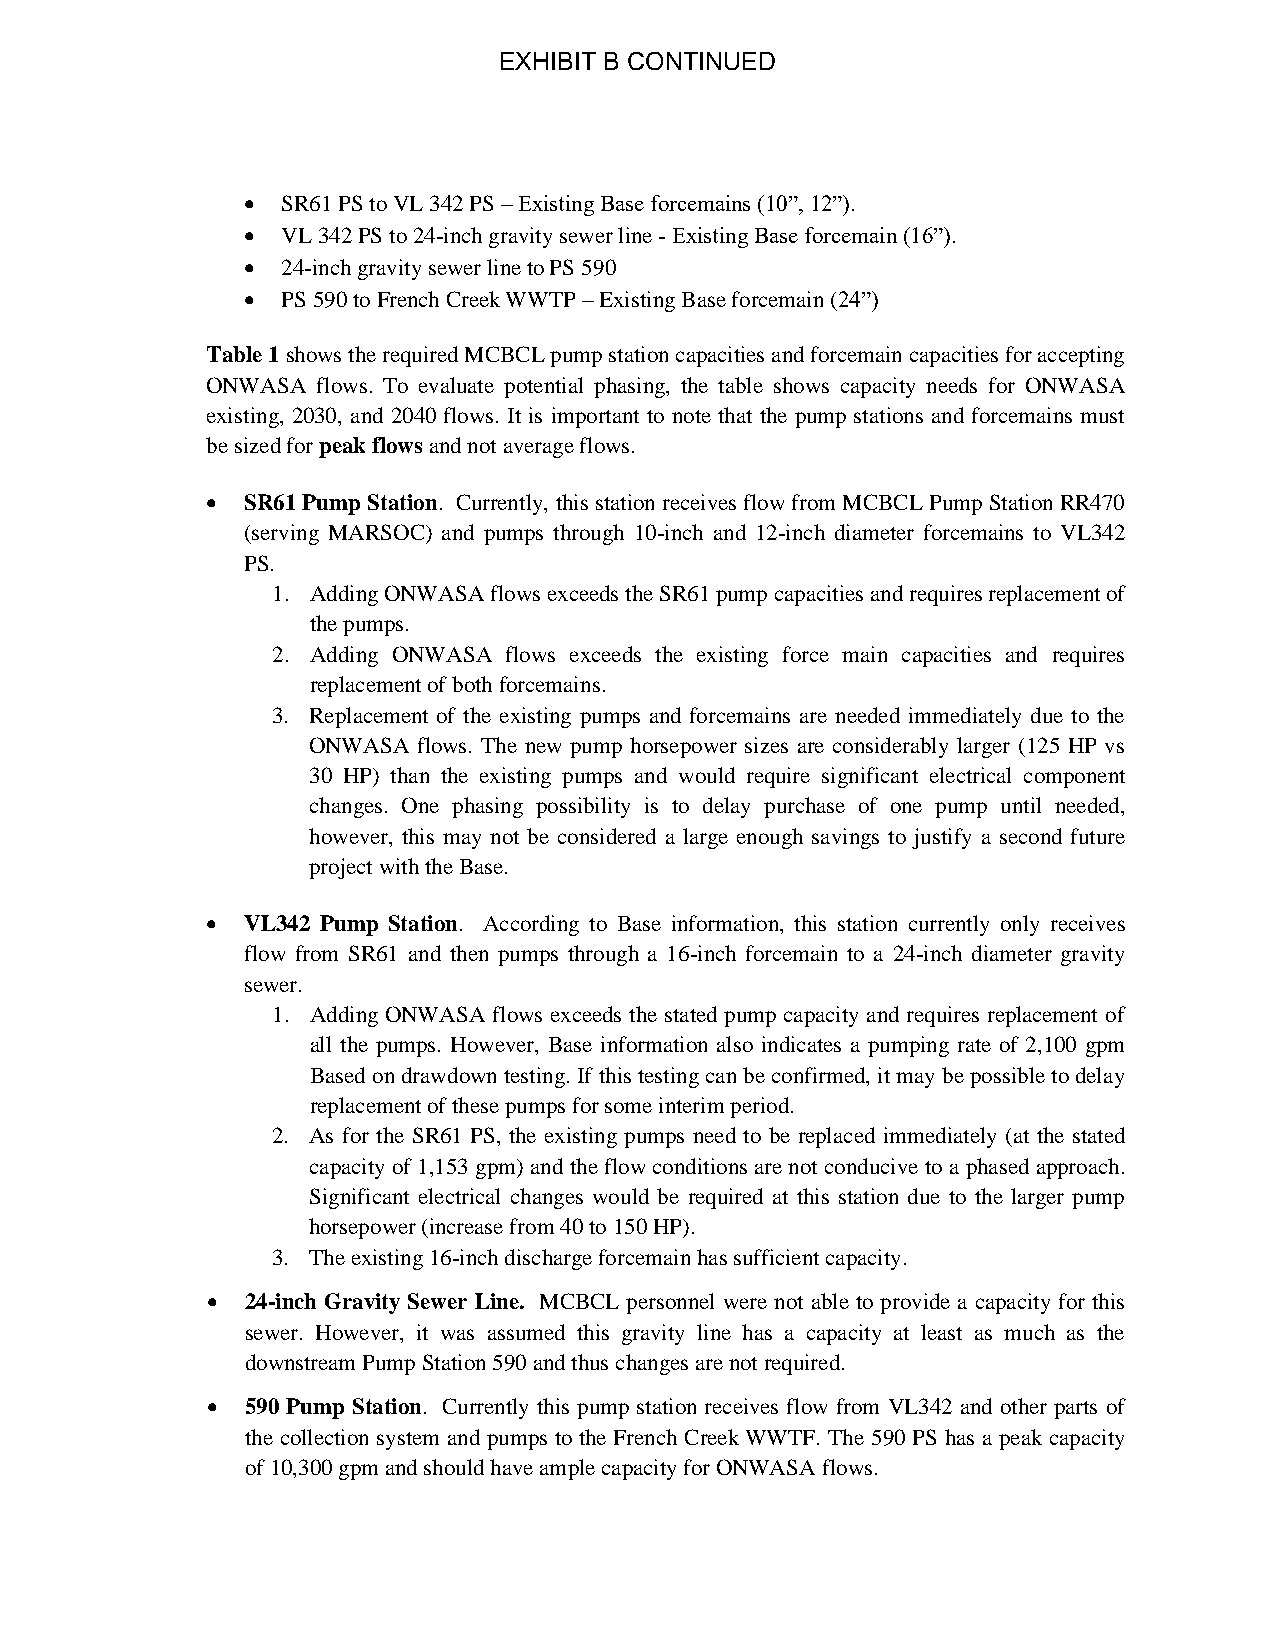
EXHIBIT B CONTINUED
 •  SR61 PS to VL 342 PS – Existing Base forcemains (10”, 12”).
 •  VL 342 PS to 24-inch gravity sewer line - Existing Base forcemain (16”).
 •  24-inch gravity sewer line to PS 590
 •  PS 590 to French Creek WWTP – Existing Base forcemain (24”)
 Table 1 shows the required MCBCL pump station capacities and forcemain capacities for accepting
 ONWASA flows. To evaluate potential phasing, the table shows capacity needs for ONWASA
 existing, 2030, and 2040 flows. It is important to note that the pump stations and forcemains must
 be sized for peak flows and not average flows.
 • SR61 Pump Station. Currently, this station receives flow from MCBCL Pump Station RR470
 (serving MARSOC) and pumps through 10-inch and 12-inch diameter forcemains to VL342
 PS.
 1. Adding ONWASA flows exceeds the SR61 pump capacities and requires replacement of
 the pumps.
 2. Adding ONWASA flows exceeds the existing force main capacities and requires
 replacement of both forcemains.
 3. Replacement of the existing pumps and forcemains are needed immediately due to the
 ONWASA  flows. The new pump horsepower sizes are considerably larger (125 HP vs
 30 HP) than the existing pumps and would require significant electrical component
 changes. One phasing possibility is to delay purchase of one pump until needed,
 however, this may not be considered a large enough savings to justify a second future
 project with the Base.
 • VL342 Pump Station. According to Base information, this station currently only receives
 flow from SR61 and then pumps through a 16-inch forcemain to a 24-inch diameter gravity
 sewer.
 1. Adding ONWASA flows exceeds the stated pump capacity and requires replacement of
 all the pumps. However, Base information also indicates a pumping rate of 2,100 gpm
 Based on drawdown testing. If this testing can be confirmed, it may be possible to delay
 replacement of these pumps for some interim period.
 2. As for the SR61 PS, the existing pumps need to be replaced immediately (at the stated
 capacity of 1,153 gpm) and the flow conditions are not conducive to a phased approach.
 Significant electrical changes would be required at this station due to the larger pump
 horsepower (increase from 40 to 150 HP).
 3. The existing 16-inch discharge forcemain has sufficient capacity.
 • 24-inch Gravity Sewer Line. MCBCL personnel were not able to provide a capacity for this
 sewer. However, it was assumed this gravity line has a capacity at least as much as the
 downstream Pump Station 590 and thus changes are not required.
 • 590 Pump Station. Currently this pump station receives flow from VL342 and other parts of
 the collection system and pumps to the French Creek WWTF. The 590 PS has a peak capacity
 of 10,300 gpm and should have ample capacity for ONWASA flows.